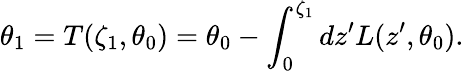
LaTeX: \theta_{1}=T(\zeta_{1},\theta_{0})=\theta_{0}-\int_{0}^{\zeta_{1}}dz^{\prime}L(z^{\prime},\theta_{0}).